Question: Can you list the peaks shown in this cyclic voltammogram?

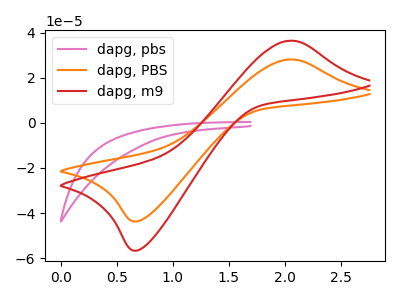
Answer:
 <answer>The pink curve "dapg, pbs" has no peaks. The orange curve "dapg, PBS" has an anodic peak at (2.05V, 28.10uA) and a cathodic peak at (0.70V, -43.65uA). The red curve "dapg, m9" has an anodic peak at (2.05V, 36.40uA) and a cathodic peak at (0.70V, -56.60uA).</answer>
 <eval></eval>